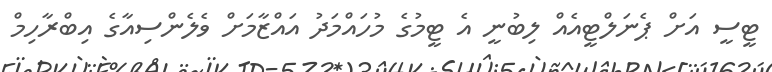
ޓީސީ އަށް ޕެނަލްޓީއެއް ލިބުނީ އެ ޓީމުގެ މުހައްމަދު އައްޒާމަށް ވެލެންސިއާގެ އިބްރާހިމް